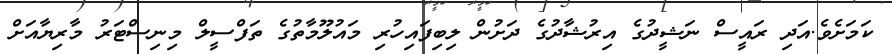
ކަމަށެވެ.އަދި ރައީސް ނަޝީދުގެ އިރުޝާދުގެ ދަށުން ލިބިފައިހުރި މައުލޫމާތުގެ ތަފްސީލް މިނިސްޓަރު މާރިޔާއަށް